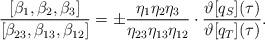
LaTeX: \begin{align*} \frac{ [\beta_{1}, \beta_{2},\beta_{3}]}{[ \beta_{23}, \beta_{13}, \beta_{12}]} = \pm\frac{ \eta_1 \eta_2 \eta_3 }{\eta_{23} \eta_{13} \eta_{12}} \cdot \frac{\vartheta[q_S](\tau)}{\vartheta[q_T](\tau)}.\end{align*}